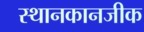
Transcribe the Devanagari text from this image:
स्थानकानजीक